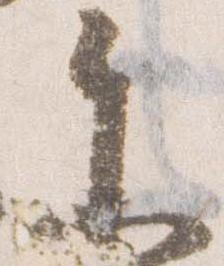
参